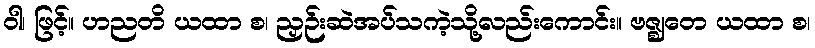
ဝါ၊ ဖြင့်။ ဟညတိ ယထာ စ၊ ညှဉ်းဆဲအပ်သကဲ့သို့လည်းကောင်း။ ဗဇ္ဈတေ ယထာ စ၊